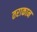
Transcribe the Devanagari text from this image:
तराकान